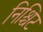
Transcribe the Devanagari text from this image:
निश्चिट